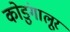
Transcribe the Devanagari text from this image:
कोडुंगालूर